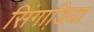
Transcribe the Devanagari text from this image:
सिंगाडि़या